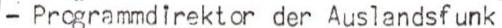
- Programmdirektor der Auslandsfunk